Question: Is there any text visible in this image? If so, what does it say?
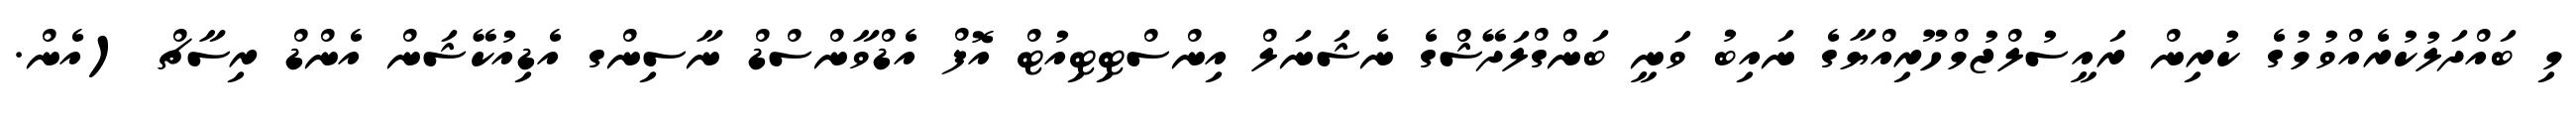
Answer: މި ބައްދަލުކުރެއްވުމުގެ ކުރިން ރައީސުލްޖުމްހޫރިއްޔާގެ ނައިބު ވަނީ ބަންގްލަދޭޝްގެ ނެޝަނަލް އިންސްޓިޓިއުޓް އޮފް އެޑްވާންސްޑް ނާސިންގ އެޑިއުކޭޝަން އެންޑް ރިސާޗް (އެން.